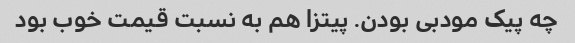
چه پیک مودبی بودن. پیتزا هم به نسبت قیمت خوب بود